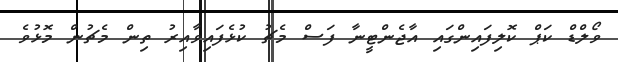
ވޯލްޑް ކަޕް ކޮލިފައިންގައި އާޖެންޓީނާ ފަސް މެޗު ކުޅެފައިވާއިރު ތިން މެޗުން މޮޅުވެ